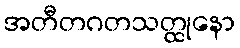
အတီတဂတသတ္ထုနော